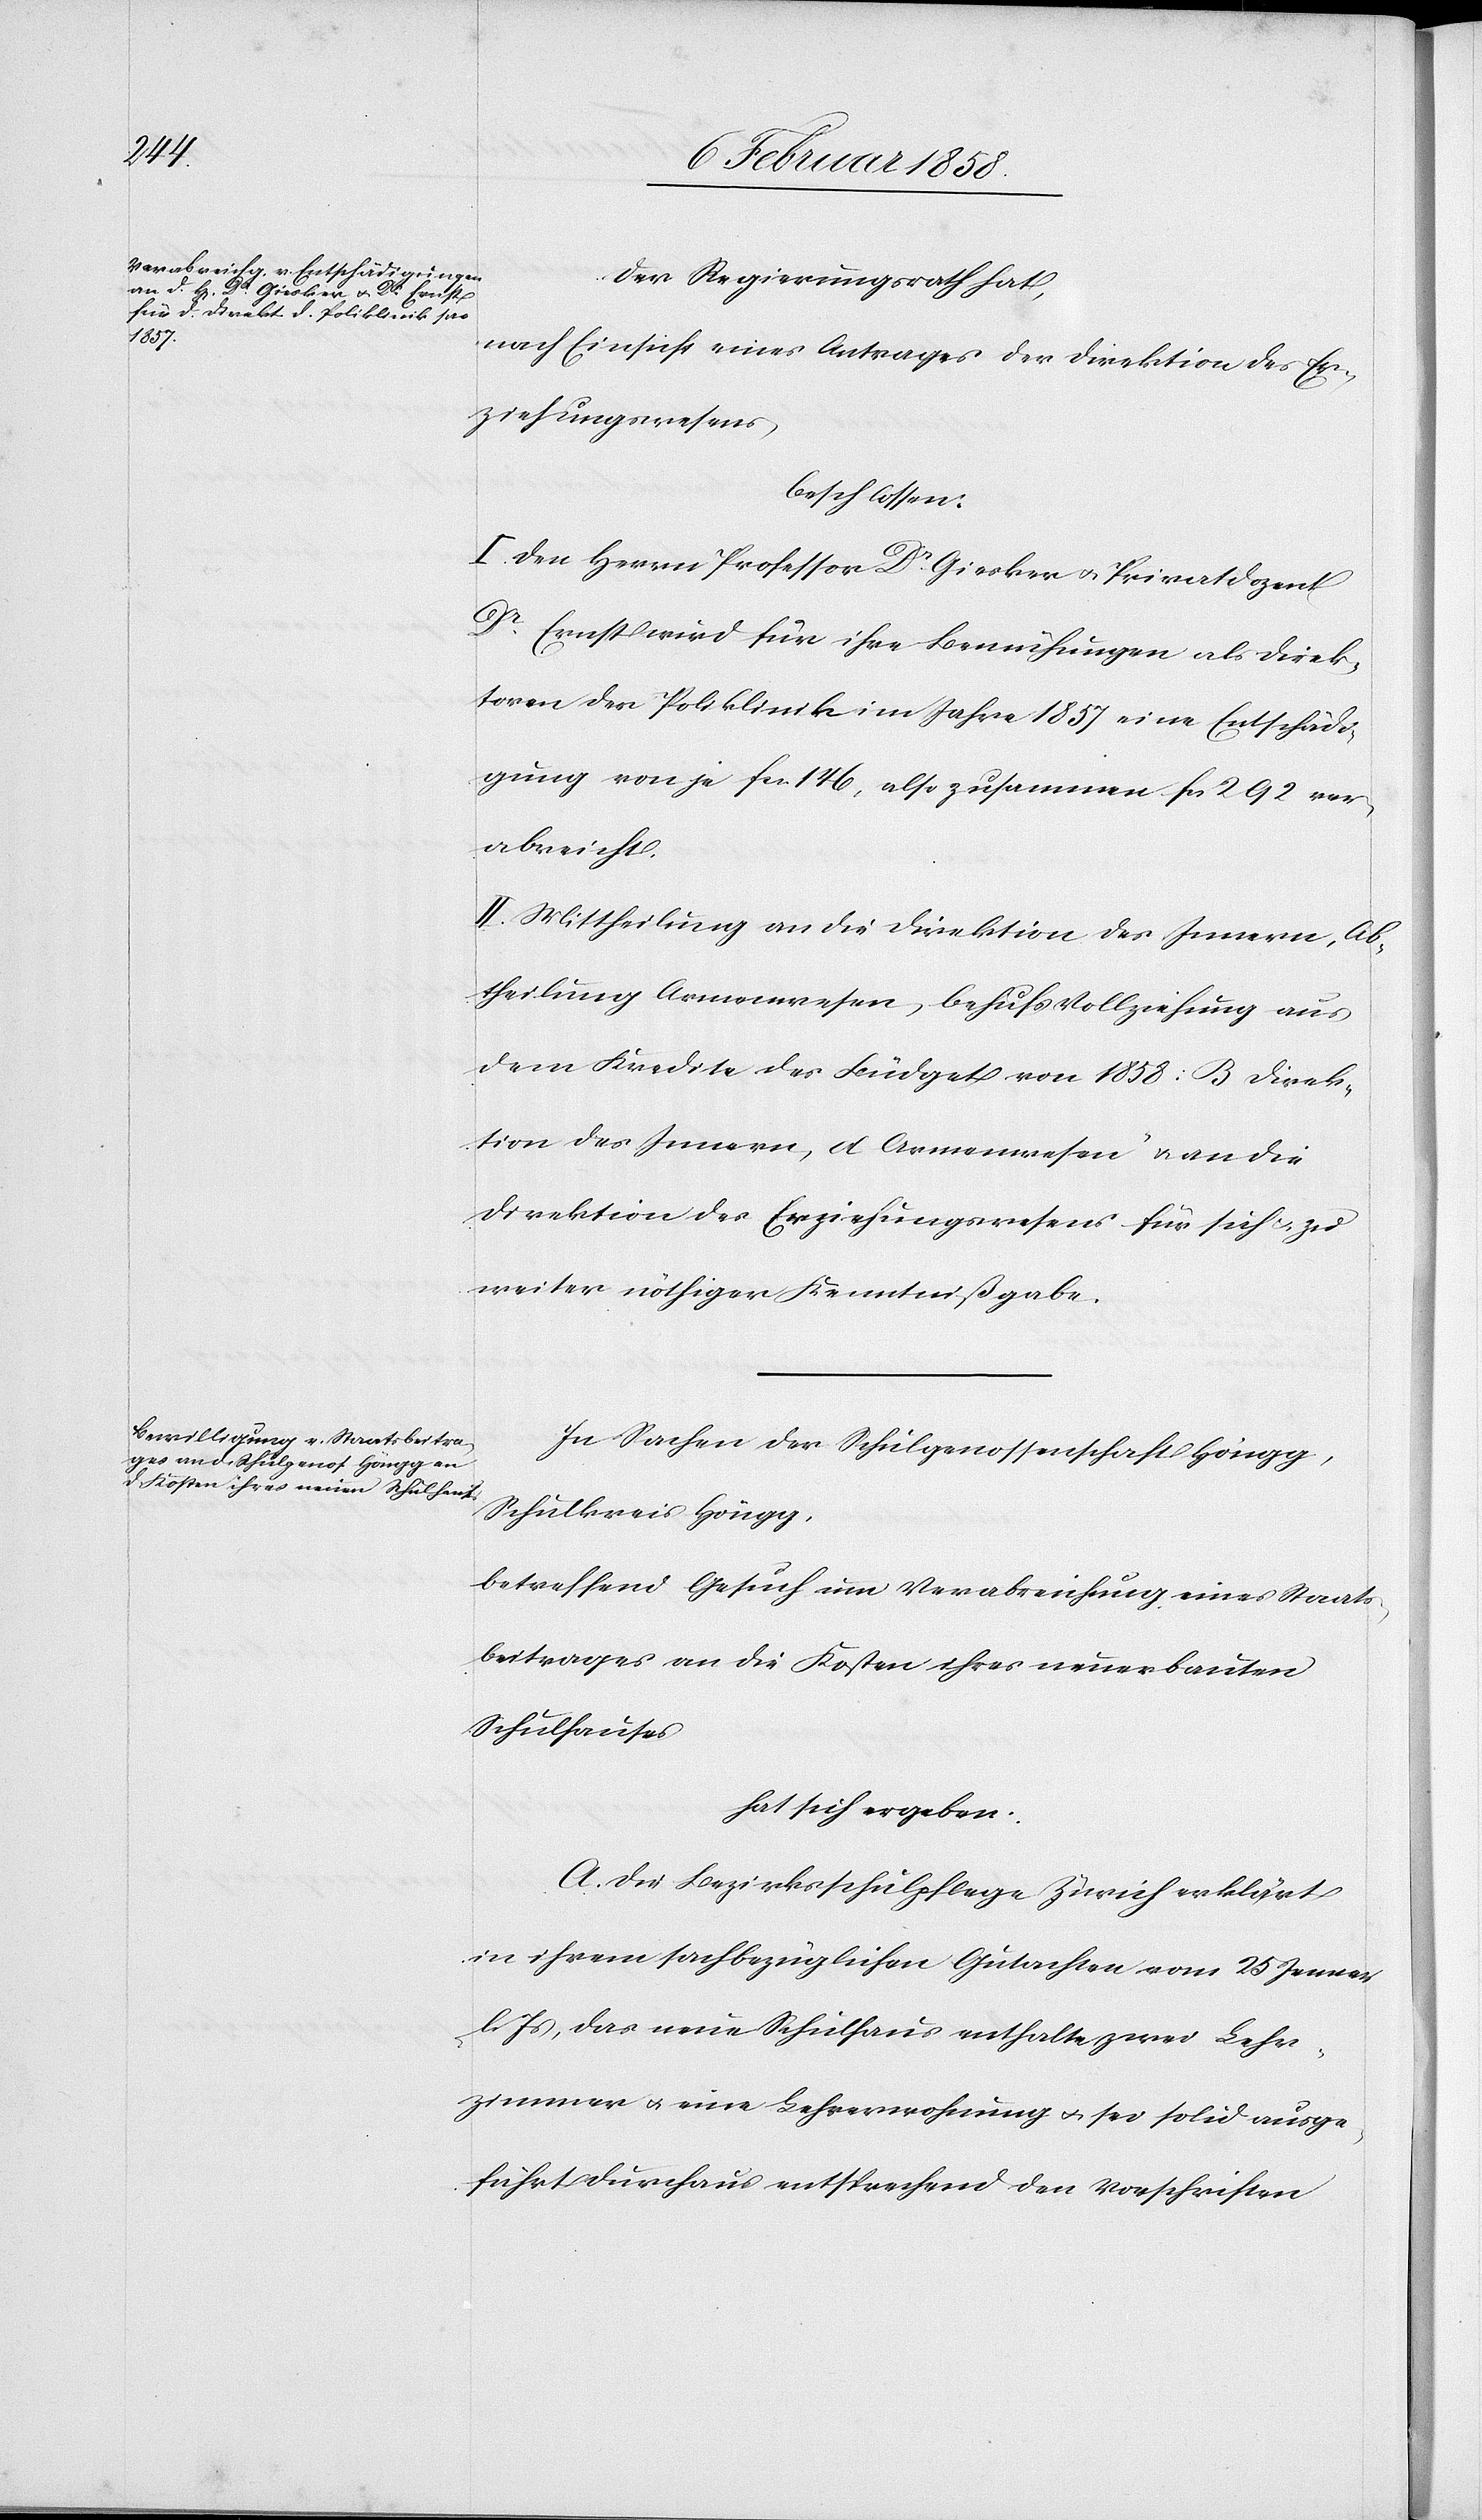
Der Regierungsrath hat,
nach Einsicht eines Antrages der Direktion des Er¬
ziehungswesens,
beschlossen:
I. Den Herrn Professor Dr Giesker u. Privatdozent
Dr Ernst wird für ihre Bemühungen als Direk¬
toren der Poliklinik im Jahre 1857 eine Entschädi¬
gung von je fcs. 146, also zusammen fcs. 292 ver¬
abreicht.
II. Mittheilung an die Direktion des Innern, Ab¬
theilung Armenwesen, behufs Vollziehung aus
dem Kredite des Büdget von 1858 „B Direk¬
tion des Innern, d Armenwesen“ u. an die
Direktion des Erziehungswesens für sich u. zu
weiter nöthiger Kenntnißgabe.
In Sachen der Schulgenossenschaft Höngg,
Schulkreis Höngg,
betreffend Gesuch um Verabreichung eines Staats¬
beitrages an die Kosten ihres neuerbauten
Schulhauses
hat sich ergeben:
A. Die Bezirksschulpflege Zürich erklärt
in ihrem sachbezüglichen Gutachten vom 25 Jenner
l. Js, das neue Schulhaus enthalte zwei Lehr¬
zimmer u. eine Lehrerwohnung u. sei solid ausge¬
führt durchaus entsprechend den Vorschriften